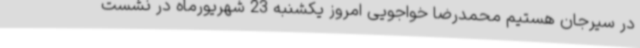
در سیرجان هستیم محمدرضا خواجویی امروز یکشنبه 23 شهریورماه در نشست